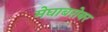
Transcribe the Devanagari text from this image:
मेघाबरोबर